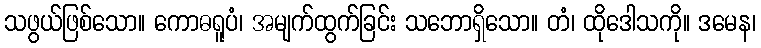
သဖွယ်ဖြစ်သော။ ကောဓရူပံ၊ အမျက်ထွက်ခြင်း သဘောရှိသော။ တံ၊ ထိုဒေါသကို။ ဒမေန၊